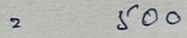
= 500